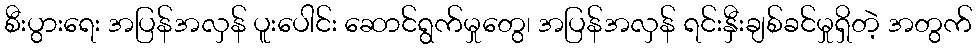
စီးပွားရေး အပြန်အလှန် ပူးပေါင်း ဆောင်ရွက်မှုတွေ၊ အပြန်အလှန် ရင်းနှီးချစ်ခင်မှုရှိတဲ့ အတွက်